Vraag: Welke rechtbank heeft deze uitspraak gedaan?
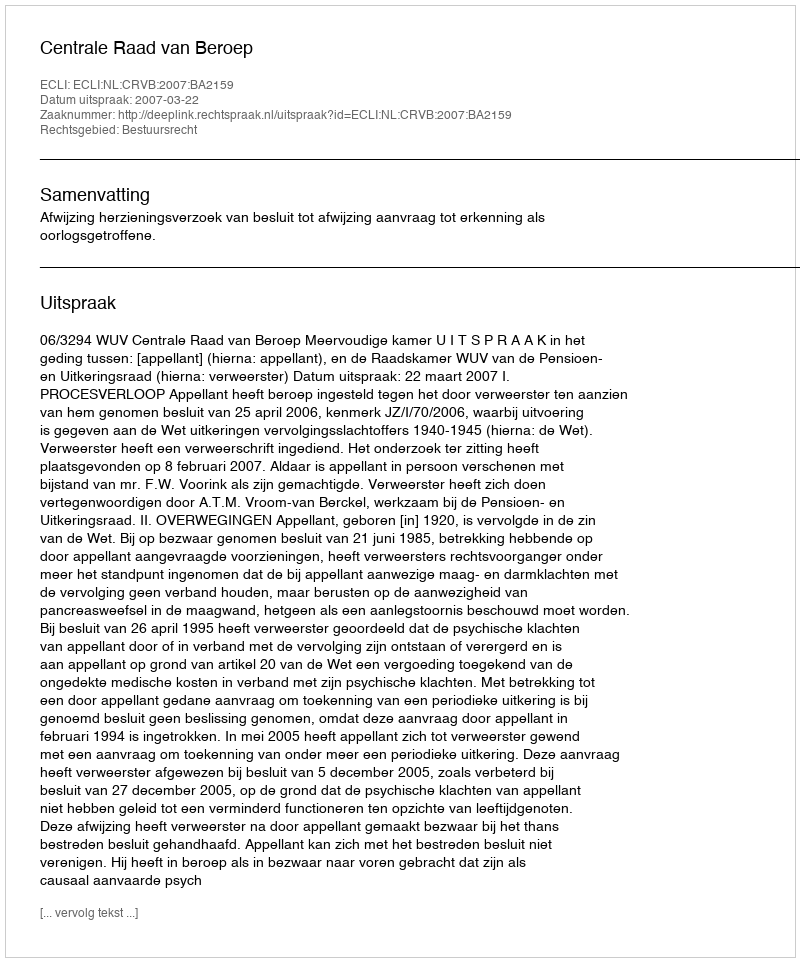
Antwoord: Centrale Raad van Beroep